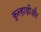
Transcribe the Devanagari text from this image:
कुल्हाड़ीऔर